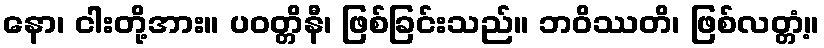
နော၊ ငါးတို့အား။ ပဝတ္တိနီ၊ ဖြစ်ခြင်းသည်။ ဘဝိဿတိ၊ ဖြစ်လတ္တံ့။